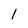
Character: 1